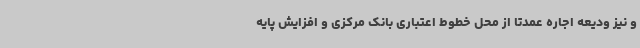
و نیز ودیعه اجاره عمدتاً از محل خطوط اعتباری بانک مرکزی و افزایش پایه